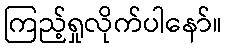
ကြည့်ရှုလိုက်ပါနော်။